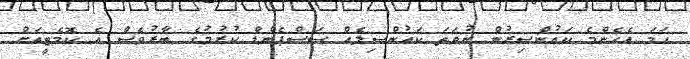
ހަމަ އެހެންމެ ކައުންސިރުން ނުވަތަ ކައުންސިލެއް ސަސްޕެންޑް ކުރުމުގެ ބާރުވެސް އެ ކޮމެޓީއަށް